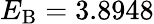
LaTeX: E_{\mathrm{B}}=3.8948